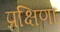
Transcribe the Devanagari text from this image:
प्रक्षिणा